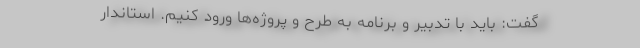
گفت: باید با تدبیر و برنامه به طرح و پروژه‌ها ورود کنیم. استاندار